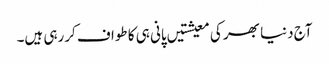
آج دنیا بھر کی معیشتیں پانی ہی کا طواف کررہی ہیں۔